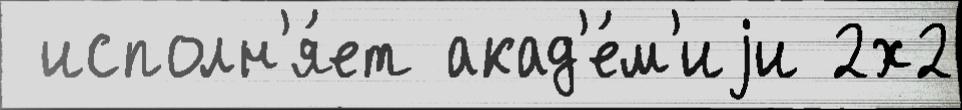
 исполн'я́ет акад'е́м'иjи 2х2